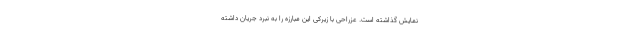
نمایش گذاشته است. عزراحی با زیرکی این مبارزه را به نبرد جریان داشته